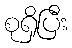
စုရှိပြီး